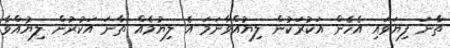
ތާނަ ފިޔަވައި އެހެން އަކުރަކުން ލިޔުއްވާނަމަ އެ ލިޔުމެއް ތާނަ އަކުރުން ލިޔުއްވާ